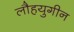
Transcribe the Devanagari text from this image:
लौहयुगीन